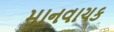
માનવાચક